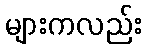
များကလည်း